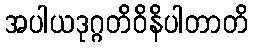
အပါယဒုဂ္ဂတိဝိနိပါတာတိ